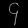
Digit: ၄